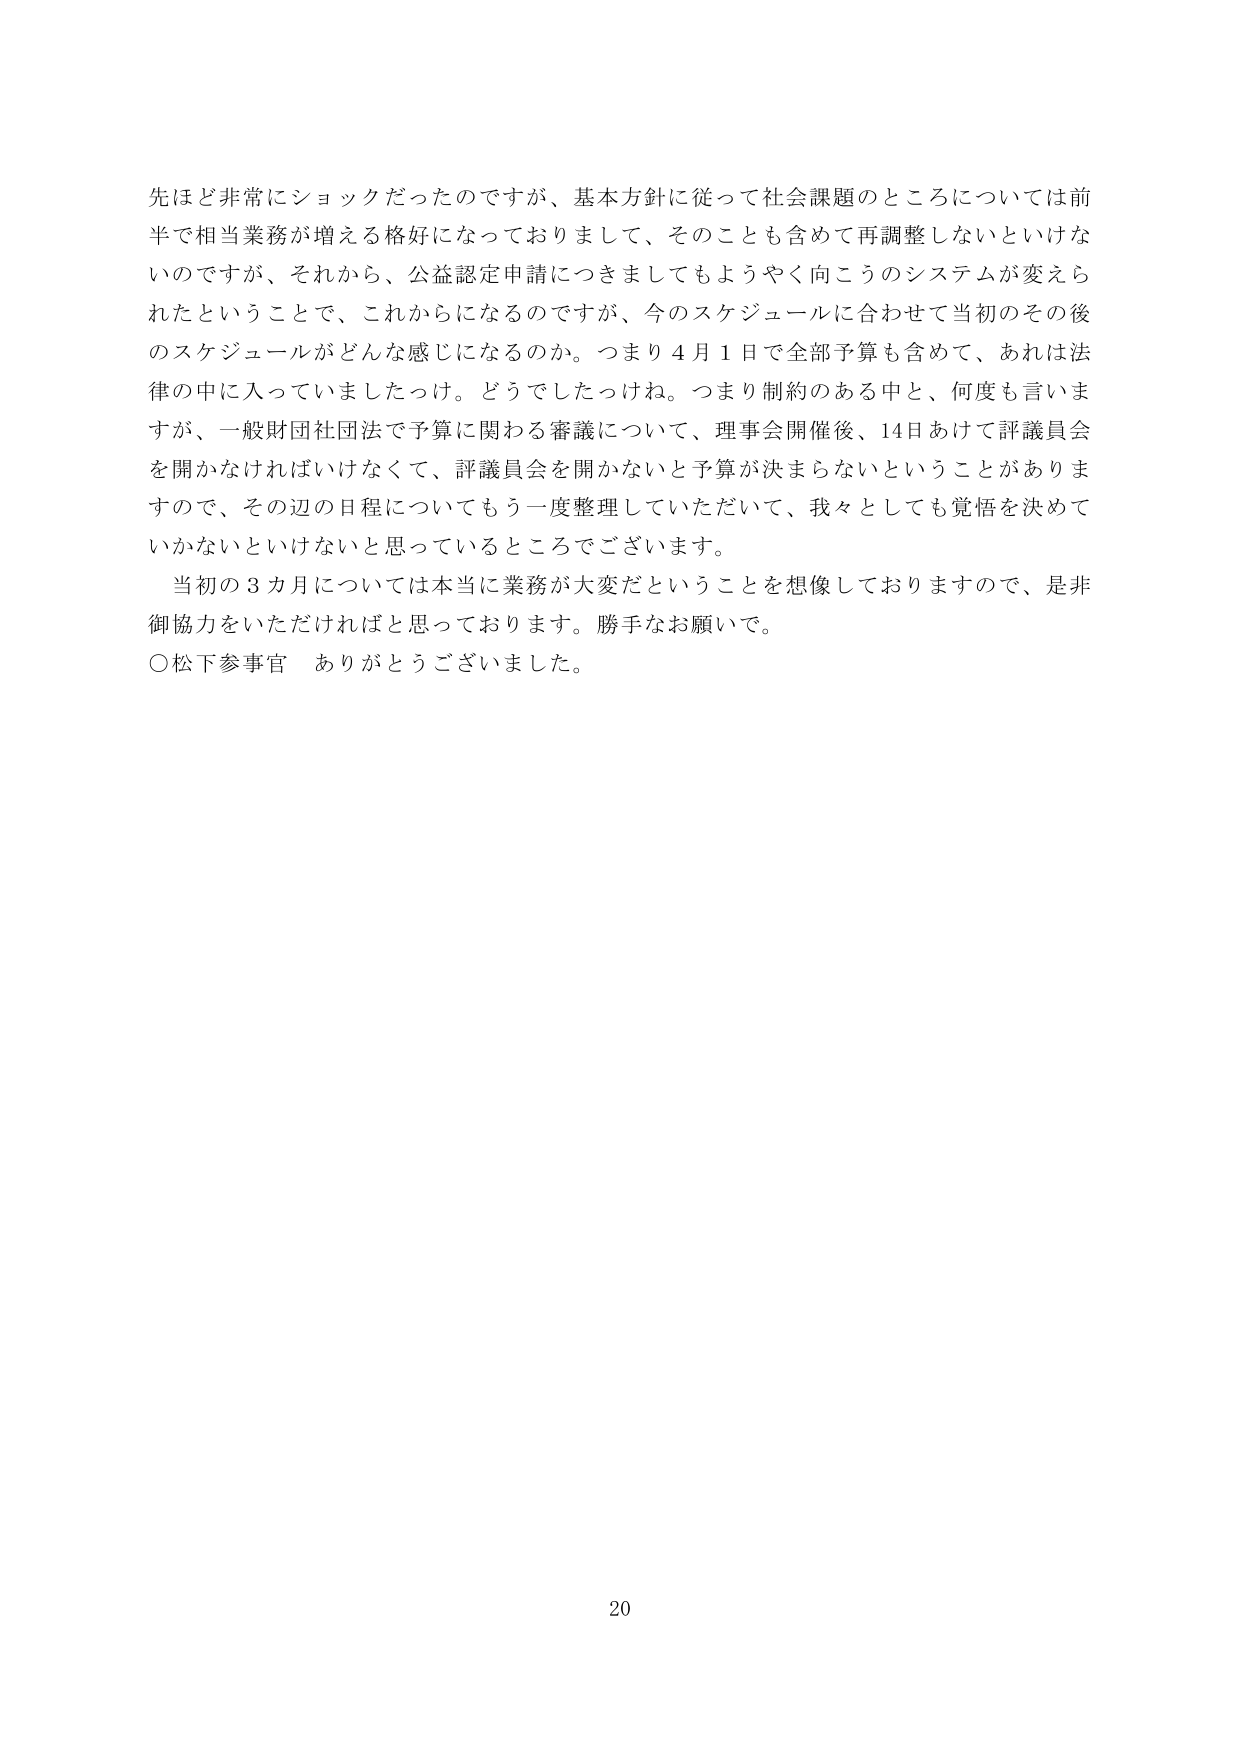
先ほど非常にショックだったのですが、基本方針に従って社会課題のところについては前半で相当業務が増える格好になっておりまして、そのことも含めて再調整しないといけないのですが、それから、公益認定申請につきましてもようやく向こうのシステムが変えられたということで、これからになるのですが、今のスケジュールに合わせて当初のその後のスケジュールがどんな感じになるのか。つまり４月１日で全部予算も含めて、あれは法律の中に入っていましたっけ。どうでしたっけね。つまり制約のある中と、何度も言いますが、一般財団法団法で予算に関わる審議について、理事会開催後、14日あけて評議員会を開かなければいけなくて、評議員会を開かないと予算が決まらないということがありますので、その辺の日程についてもう一度整理していただいて、我々としても覚悟を決めていかないといけないと思っているところでございます。

当初の３カ月については本当に業務が大変だということを想像しておりますので、是非御協力をいただければと思っております。勝手なお願いで。

○松下参事官　ありがとうございました。

20